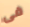
فى